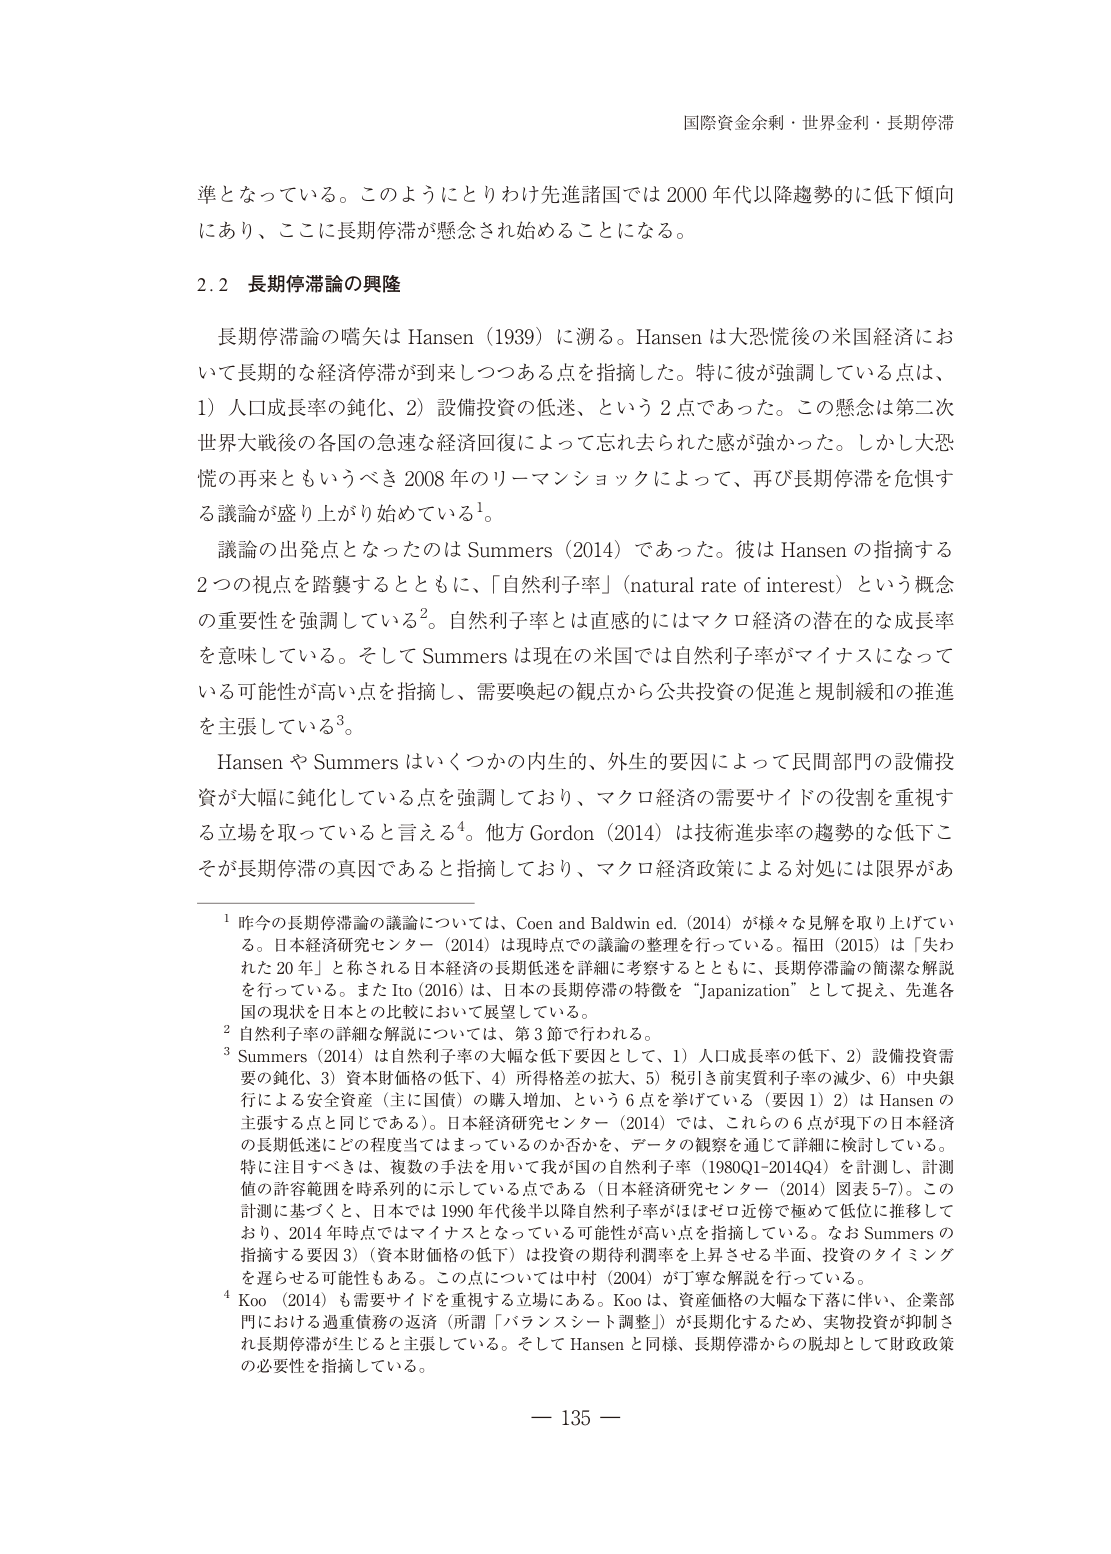
国際資金余剰・世界金利・長期停滞

準となっている。このようにとりわけ先進諸国では 2000 年代以降趨勢的に低下傾向
にあり、ここに長期停滞が懸念され始めることになる。

2.2 長期停滞論の興隆

長期停滞論の嚆矢は Hansen（1939）に遡る。Hansen は大恐慌後の米国経済にお
いて長期的な経済停滞が到来しつつある点を指摘した。特に彼が強調している点は、
1）人口成長率の鈍化、2）設備投資の低迷、という 2 点であった。この懸念は第二次
世界大戦後の各国の急速な経済回復によって忘れ去られた感が強かった。しかし大恐
慌の再来ともいうべき 2008 年のリーマンショックによって、再び長期停滞を危惧す
る議論が盛り上がり始めている¹。

議論の出発点となったのは Summers（2014）であった。彼は Hansen の指摘する
2 つの視点を踏襲するとともに、「自然利子率」（natural rate of interest）という概念
の重要性を強調している²。自然利子率とは直感的にはマクロ経済の潜在的な成長率
を意味している。そして Summers は現在の米国では自然利子率がマイナスになって
いる可能性が高い点を指摘し、需要喚起の観点から公共投資の促進と規制緩和の推進
を主張している³。

Hansen や Summers はいくつかの内生的、外生的要因によって民間部門の設備投
資が大幅に鈍化している点を強調しており、マクロ経済の需要サイドの役割を重視す
る立場を取っていると言える⁴。他方 Gordon（2014）は技術進歩率の趨勢的な低下こ
そが長期停滞の真因であると指摘しており、マクロ経済政策による対処には限界があ

¹ 昨今の長期停滞論の議論については、Coen and Baldwin ed.（2014）が様々な見解を取り上げてい
る。日本経済研究センター（2014）は現時点での議論の整理を行っている。福田（2015）は「失わ
れた 20 年」と称される日本経済の長期低迷を詳細に考察するとともに、長期停滞論の簡潔な解説
を行っている。また Ito（2016）は、日本の長期停滞の特徴を“Japanization”として捉え、先進各
国の現状を日本との比較において展望している。

² 自然利子率の詳細な解説については、第 3 節で行われる。

³ Summers（2014）は自然利子率の大幅な低下要因として、1）人口成長率の低下、2）設備投資需
要の鈍化、3）資本財価格の低下、4）所得格差の拡大、5）税引き前実質利子率の減少、6）中央銀
行による安全資産（主に国債）の購入増加、という 6 点を挙げている（要因 1）2）は Hansen の
主張する点と同じである）。日本経済研究センター（2014）では、これらの 6 点が現下の日本経済
の長期低迷にどの程度当てはまっているのか否かを、データの観察を通じて詳細に検討している。
特に注目すべきは、複数の手法を用いて我が国の自然利子率（1980Q1-2014Q4）を計測し、計測
値の許容範囲を時系列的に示している点である（日本経済研究センター（2014）図表 5-7）。この
計測に基づくと、日本では 1990 年代後半以降自然利子率がほぼゼロ近傍で極めて低位に推移して
おり、2014 年時点ではマイナスとなっている可能性が高い点を指摘している。なお Summers の
指摘する要因 3）（資本財価格の低下）は投資の期待利潤率を上昇させる半面、投資のタイミング
を遅らせる可能性もある。この点については中村（2004）が丁寧な解説を行っている。

⁴ Koo（2014）も需要サイドを重視する立場にある。Koo は、資産価格の大幅な下落に伴い、企業部
門における過重債務の返済（所謂「バランスシート調整」）が長期化するため、実物投資が抑制さ
れ長期停滞が生じると主張している。そして Hansen と同様、長期停滞からの脱却として財政政策
の必要性を指摘している。

— 135 —